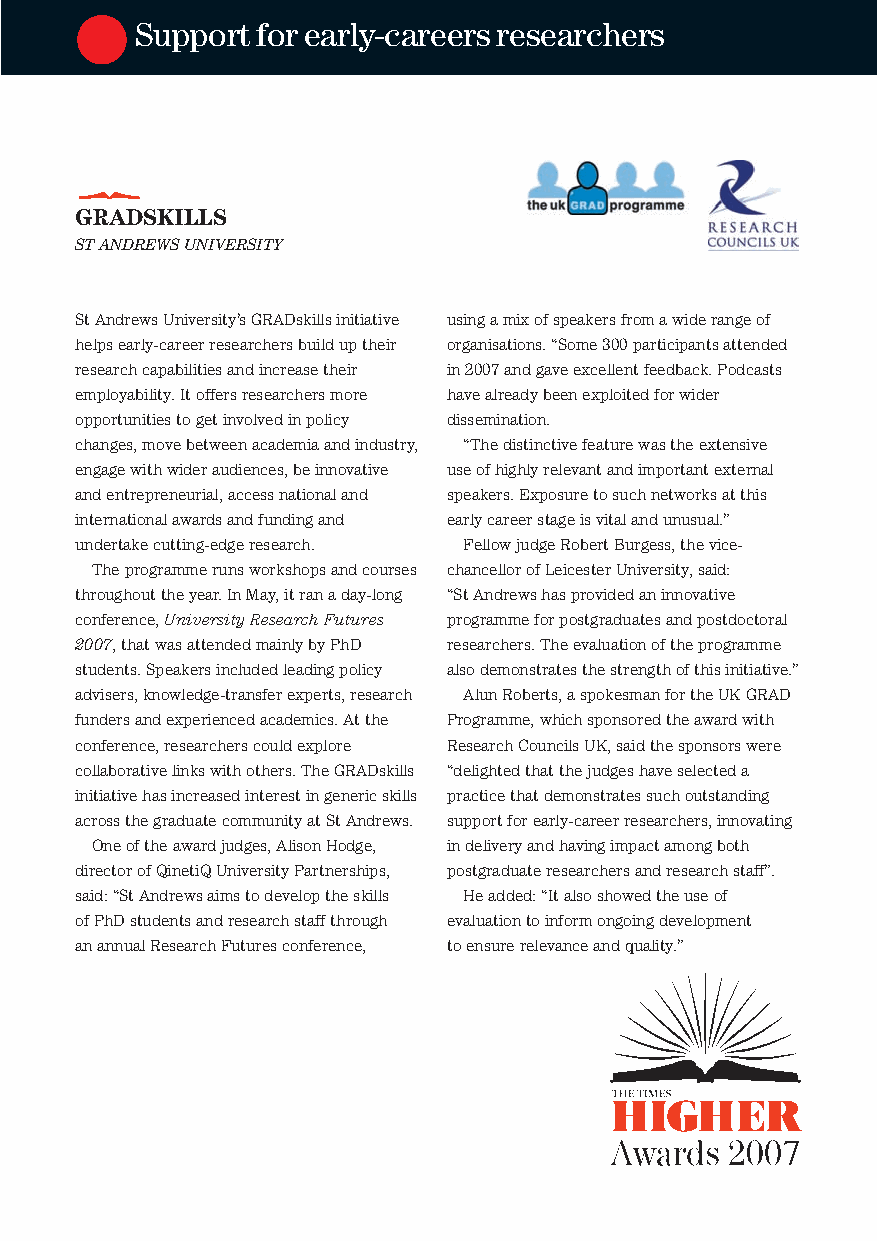
Supportforearly-careersresearchers
 GRADSKILLS
 STANDREWSUNIVERSITY
 StAndrewsUniversity’sGRADskillsinitiative usingamixofspeakersfromawiderangeof
 helpsearly-careerresearchersbuilduptheir organisations.“Some300participantsattended
 researchcapabilitiesandincreasetheir in2007andgaveexcellentfeedback.Podcasts
 employability.Itoffersresearchersmore havealreadybeenexploitedforwider
 opportunitiestogetinvolvedinpolicy dissemination.
 changes,movebetweenacademiaandindustry, “Thedistinctivefeaturewastheextensive
 engagewithwideraudiences,beinnovative useofhighlyrelevantandimportantexternal
 andentrepreneurial,accessnationaland speakers.Exposuretosuchnetworksatthis
 internationalawardsandfundingand earlycareerstageisvitalandunusual.”
 undertakecutting-edgeresearch. FellowjudgeRobertBurgess,thevice-
 Theprogrammerunsworkshopsandcourses chancellorofLeicesterUniversity,said:
 throughouttheyear.InMay,itranaday-long “StAndrewshasprovidedaninnovative
 conference,UniversityResearchFutures programmeforpostgraduatesandpostdoctoral
 2007,thatwasattendedmainlybyPhD researchers.Theevaluationoftheprogramme
 students.Speakersincludedleadingpolicy alsodemonstratesthestrengthofthisinitiative.”
 advisers,knowledge-transferexperts,research AlunRoberts,aspokesmanfortheUKGRAD
 fundersandexperiencedacademics.Atthe Programme,whichsponsoredtheawardwith
 conference,researcherscouldexplore ResearchCouncilsUK,saidthesponsorswere
 collaborativelinkswithothers.TheGRADskills “delightedthatthejudgeshaveselecteda
 initiativehasincreasedinterestingenericskills practicethatdemonstratessuchoutstanding
 acrossthegraduatecommunityatStAndrews. supportforearly-careerresearchers,innovating
 Oneoftheawardjudges,AlisonHodge, indeliveryandhavingimpactamongboth
 directorofQinetiQUniversityPartnerships, postgraduateresearchersandresearchstaff”.
 said:“StAndrewsaimstodeveloptheskills Headded:“Italsoshowedtheuseof
 ofPhDstudentsandresearchstaffthrough evaluationtoinformongoingdevelopment
 anannualResearchFuturesconference, toensurerelevanceandquality.”